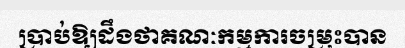
ប្រាប់ឱ្យដឹងថាគណៈកម្មការចម្រុះបាន